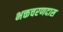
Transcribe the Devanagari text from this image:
भक्तचरणदास